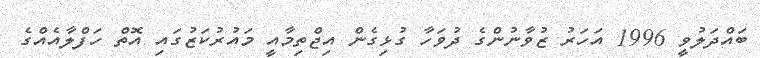
ބައްދަލުވީ 1996 އަހަރު ޒުވާނުންގެ ދުވަހާ ގުޅިގެން އިޖްތިމާއީ މައުރުކަޒުގައި އޮތް ހަފްލާއެއްގެ